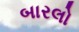
બારલો